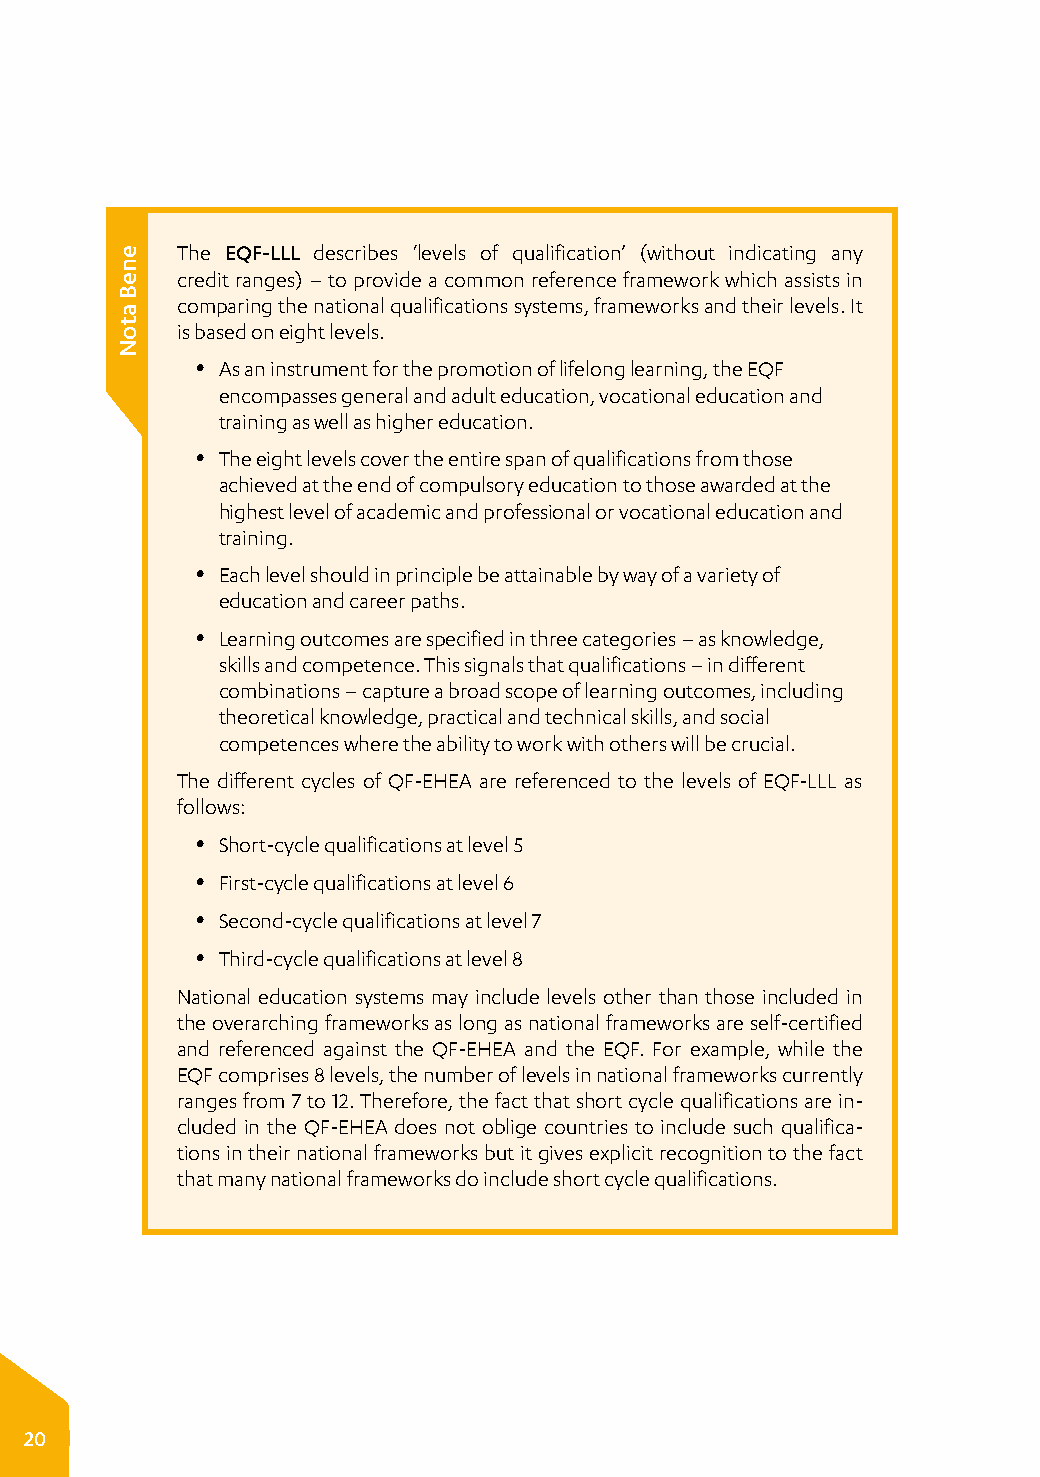
The EQF-LLL describes ‘levels of qualification’ (without indicating any
 credit ranges) – to provide a common reference framework which assists in
 comparing the national qualifications systems, frameworks and their levels. It
 is based on eight levels.
 y As an instrument for the promotion of lifelong learning, the EQF
 encompasses general and adult education, vocational education and
 training as well as higher education.
 y The eight levels cover the entire span of qualifications from those
 achieved at the end of compulsory education to those awarded at the
 highest level of academic and professional or vocational education and
 training.
 y Each level should in principle be attainable by way of a variety of
 education and career paths.
 y Learning outcomes are specified in three categories – as knowledge,
 skills and competence. This signals that qualifications – in different
 combinations – capture a broad scope of learning outcomes, including
 theoretical knowledge, practical and technical skills, and social
 competences where the ability to work with others will be crucial.
 The different cycles of QF-EHEA are referenced to the levels of EQF-LLL as
 follows:
 y Short-cycle qualifications at level 5
 y First-cycle qualifications at level 6
 y Second-cycle qualifications at level 7
 y Third-cycle qualifications at level 8
 National education systems may include levels other than those included in
 the overarching frameworks as long as national frameworks are self-certified
 and referenced against the QF-EHEA and the EQF. For example, while the
 EQF comprises 8 levels, the number of levels in national frameworks currently
 ranges from 7 to 12. Therefore, the fact that short cycle qualifications are in­
 cluded in the QF-EHEA does not oblige countries to include such qualifica­
 tions in their national frameworks but it gives explicit recognition to the fact
 that many national frameworks do include short cycle qualifications.
 20
 eneB
 atoN